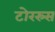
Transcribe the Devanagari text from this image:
टोरस्र्स